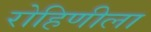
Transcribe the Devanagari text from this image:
रोहिणीला